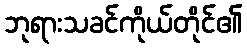
ဘုရားသခင်ကိုယ်တိုင်၏